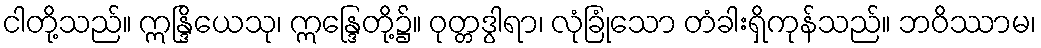
ငါတို့သည်။ ဣန္ဒြိယေသု၊ ဣန္ဒြေတို့၌။ ဝုတ္တဒွါရာ၊ လုံခြုံသော တံခါးရှိကုန်သည်။ ဘဝိဿာမ၊